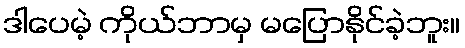
ဒါပေမဲ့ ကိုယ်ဘာမှ မပြောနိုင်ခဲ့ဘူး။